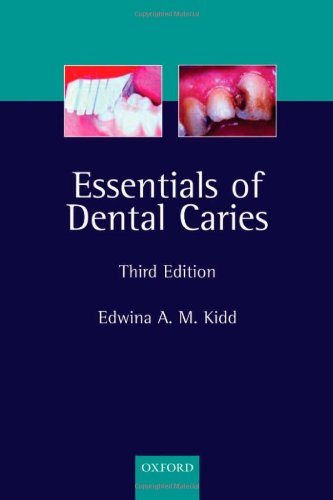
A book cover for Essentials of Dental Caries: The Disease and Its Management (Kidd, Essentials of Dental Caries); Edwina A. M. Kidd; Medical Books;